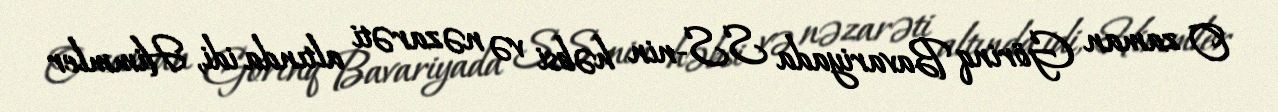
O zaman Görinq Bavariyada SS-nin həbsi və nəzarəti altında idi, Himmler